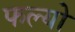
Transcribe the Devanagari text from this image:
फल्‍यो